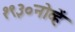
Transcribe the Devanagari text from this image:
१९३०नोव्हें